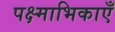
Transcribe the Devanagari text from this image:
पक्ष्माभिकाएँ